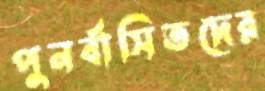
পুনর্বাসিতদের